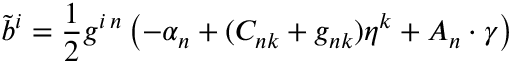
{ \tilde { b } } ^ { i } = { \frac { 1 } { 2 } } g ^ { i \, n } \left( - \alpha _ { n } + ( C _ { n k } + g _ { n k } ) \eta ^ { k } + A _ { n } \cdot \gamma \right)